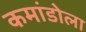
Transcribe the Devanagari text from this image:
कमांडोला